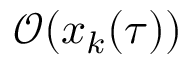
\mathcal { O } ( x _ { k } ( \tau ) )